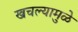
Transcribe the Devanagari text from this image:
खचल्यामुळे